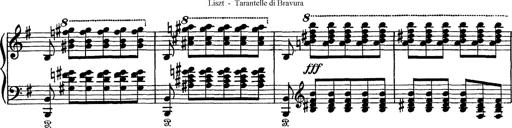
Title: Tarantelle di bravura dâ€™aprÃ¨s la tarantelle de La muette de Portici
Composer: Franz Liszt